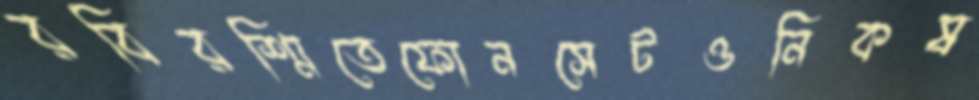
রবিরশ্মিতেফোনসেটওনিকষ